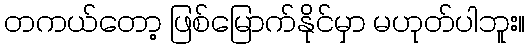
တကယ်တော့ ဖြစ်မြောက်နိုင်မှာ မဟုတ်ပါဘူး။